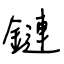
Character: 鏈